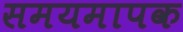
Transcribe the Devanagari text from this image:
समयमापक